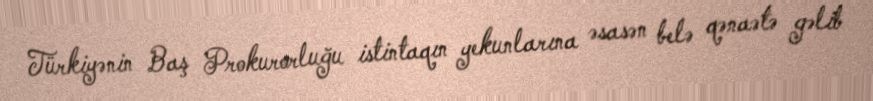
Türkiyənin Baş Prokurorluğu istintaqın yekunlarına əsasən belə qənaətə gəlib